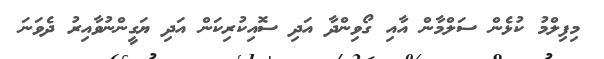
މިފިލްމު ކުޅެން ސަލްމާން އާއި ގޯވިންދާ އަދި ސޮއިކުރިކަން އަދި ޔަގީންނުވާއިރު ދެވަނަ